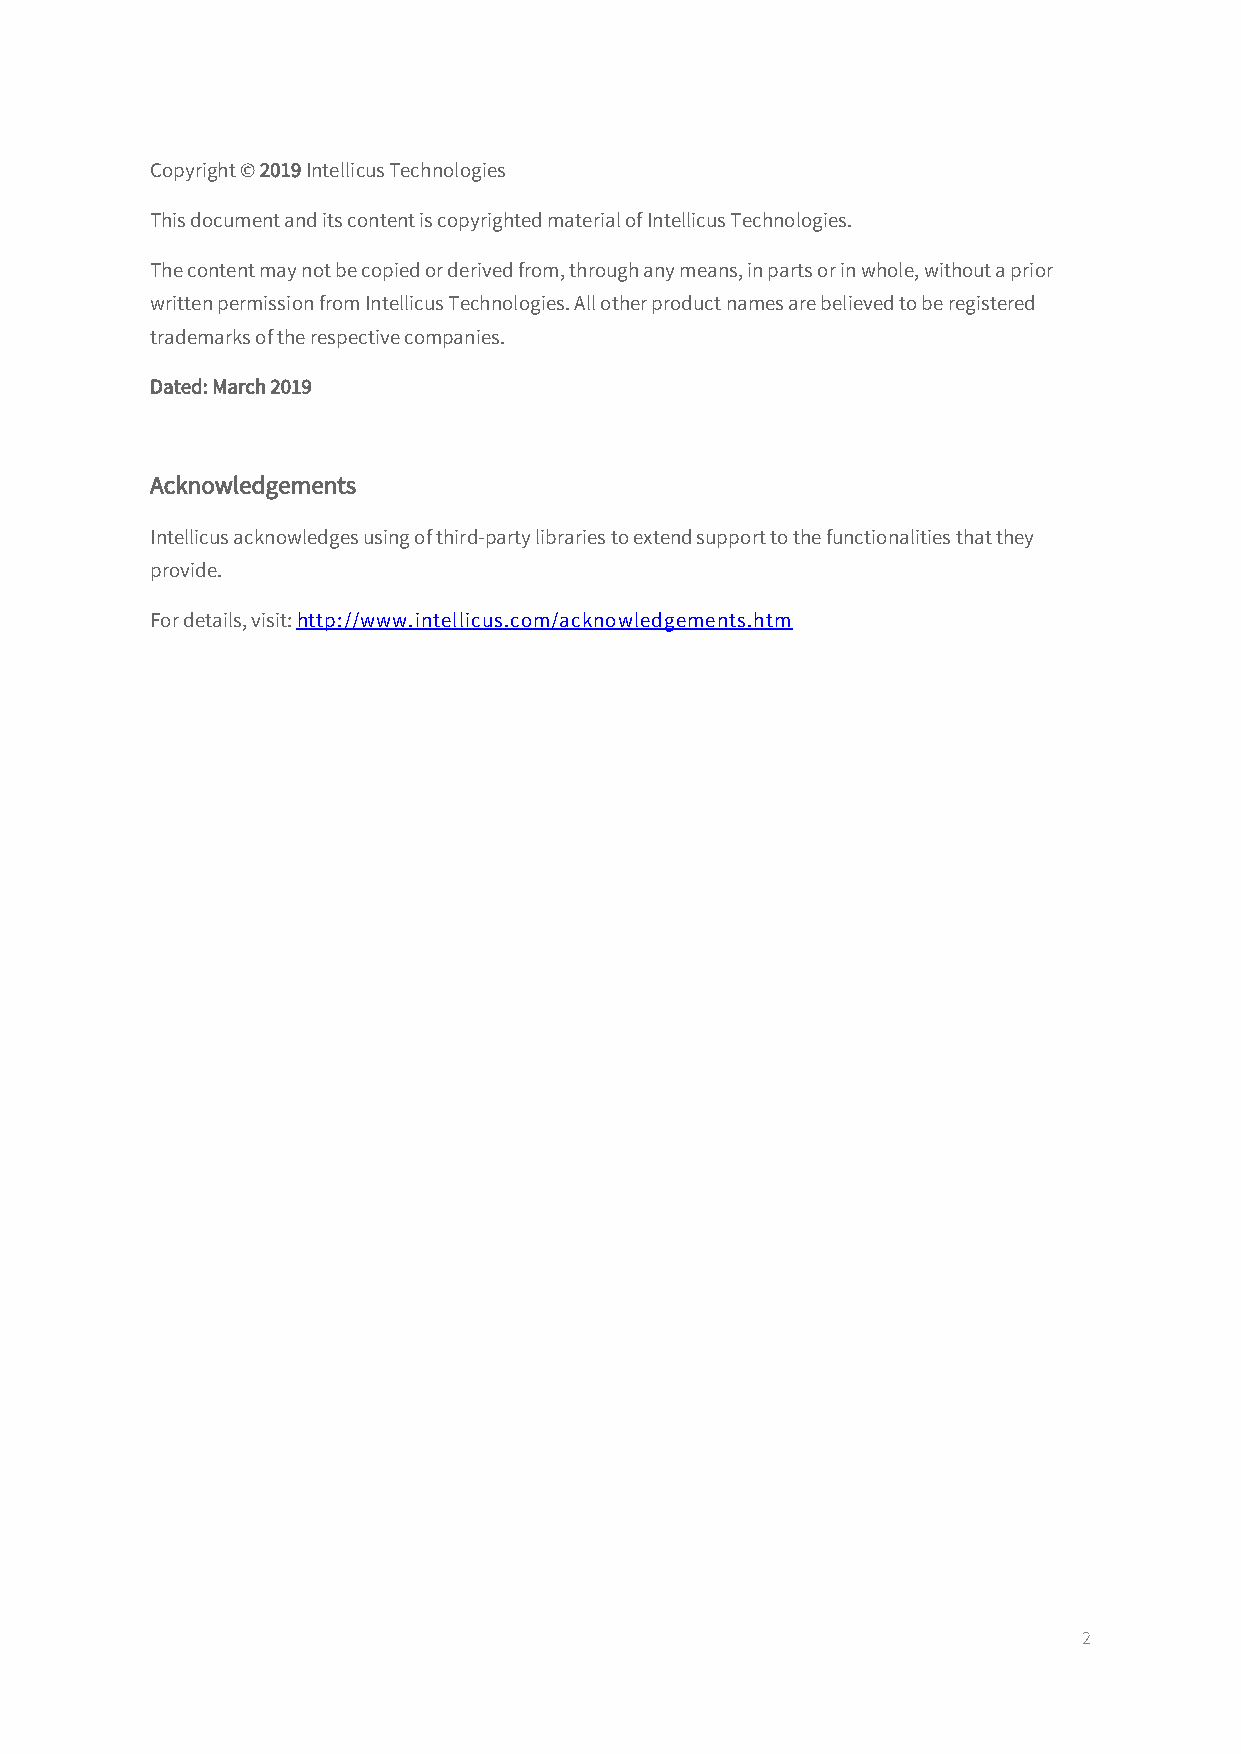
Copyright © 2019 Intellicus Technologies
 This document and its content is copyrighted material of Intellicus Technologies.
 The content may not be copied or derived from, through any means, in parts or in whole, without a prior
 written permission from Intellicus Technologies. All other product names are believed to be registered
 trademarks of the respective companies.
 Dated: March 2019
 Acknowledgements
 Intellicus acknowledges using of third-party libraries to extend support to the functionalities that they
 provide.
 For details, visit: http://www.intellicus.com/acknowledgements.htm
 2